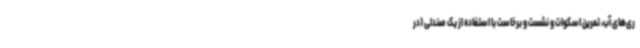
ری‌های آب، تمرین اسکوات و نشست و برخاست با استفاده از یک صندلی (در